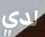
لدي